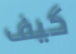
كيف